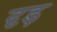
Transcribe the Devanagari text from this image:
दृड़